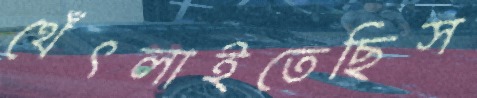
থেঁৎলাইতেছিস